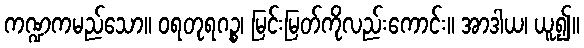
ကဏ္ဍကမည်သော။ ဝရတုရဂဉ္စ၊ မြင်းမြတ်ကိုလည်းကောင်း။ အာဒါယ၊ ယူ၍။